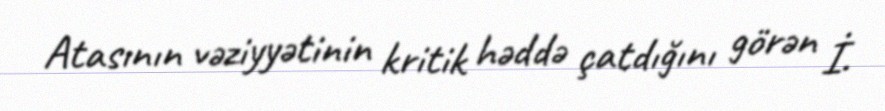
Atasının vəziyyətinin kritik həddə çatdığını görən İ.